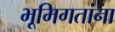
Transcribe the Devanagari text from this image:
भूमिगतांना